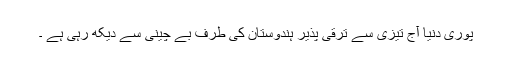
پوری دنیا آج تیزی سے ترقی پذیر ہندوستان کی طرف بے چینی سے دیکھ رہی ہے ۔